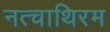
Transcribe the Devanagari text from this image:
नत्चाथिरम